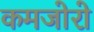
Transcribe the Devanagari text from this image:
कमजोरो